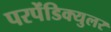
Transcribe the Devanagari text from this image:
परपेंडिक्युलर